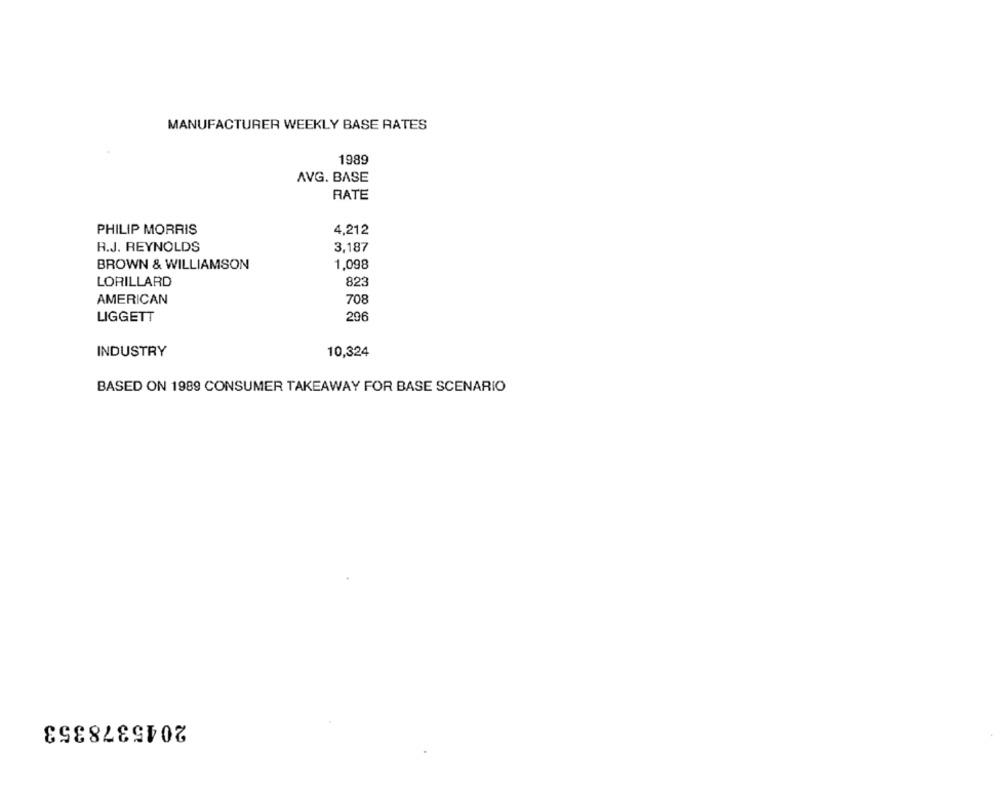
MANUFACTURER WEEKLY BASE RATES
1989
AVG. BASE
RATE
4,212
PHILIP MORRIS
R.J. REYNOLDS
3,187
BROWN & WILLIAMSON
1,098
LORILLARD
823
AMERICAN
708
296
LIGGETT
INDUSTRY
10,324
BASED ON 1989 CONSUMER TAKEAWAY FOR BASE SCENARIO
2045378353